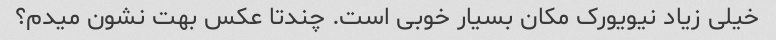
خیلی زیاد نیویورک مکان بسیار خوبی است. چندتا عکس بهت نشون میدم؟